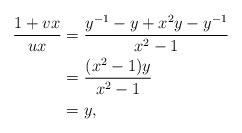
LaTeX: \begin{align*}\frac{1+vx}{ux} &= \frac{y^{-1}-y + x^2y-y^{-1}}{x^2-1} \\&= \frac{(x^2-1)y}{x^2-1}\\&=y,\end{align*}